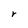
Character: r